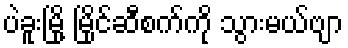
ပဲခူးမြို့ မြိုင်ဆီစက်ကို သွားမယ်ဗျာ